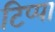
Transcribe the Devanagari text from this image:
टिप्पा